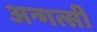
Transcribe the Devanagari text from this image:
अन्गत्सी